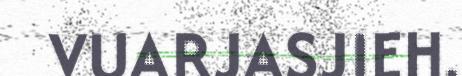
VUARJASJIEH.